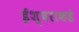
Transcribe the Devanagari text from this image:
ईश्‍वराकडे